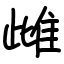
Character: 雌